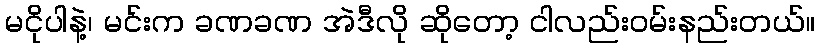
မငိုပါနဲ့၊ မင်းက ခဏခဏ အဲဒီလို ဆိုတော့ ငါလည်းဝမ်းနည်းတယ်။